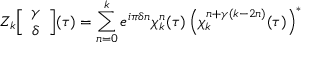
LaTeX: Z _ { k } \Big [ \begin{array} { c } { { \gamma } } \\ { { \delta } } \end{array} \Big ] ( \tau ) = \sum _ { n = 0 } ^ { k } e ^ { i \pi \delta n } \chi _ { k } ^ { n } ( \tau ) \left( \chi _ { k } ^ { n + \gamma ( k - 2 n ) } ( \tau ) \right) ^ { * }